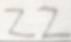
2 2